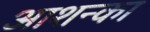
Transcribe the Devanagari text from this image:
आशन्का